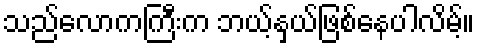
သည်လောကကြီးက ဘယ့်နှယ်ဖြစ်နေပါလိမ့်။